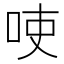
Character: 𱒚